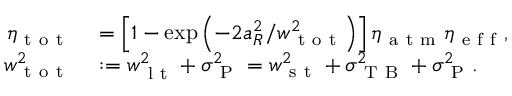
\begin{array} { r l } { \eta _ { \mathrm { ~ t ~ o ~ t ~ } } } & { { } = \left[ 1 - \exp \left( - 2 a _ { R } ^ { 2 } / w _ { \mathrm { ~ t ~ o ~ t ~ } } ^ { 2 } \right) \right] \eta _ { \mathrm { ~ a ~ t ~ m ~ } } \eta _ { \mathrm { ~ e ~ f ~ f ~ } } , } \\ { w _ { \mathrm { ~ t ~ o ~ t ~ } } ^ { 2 } } & { { } : = w _ { \mathrm { ~ l ~ t ~ } } ^ { 2 } + \sigma _ { \mathrm { ~ P ~ } } ^ { 2 } = w _ { \mathrm { ~ s ~ t ~ } } ^ { 2 } + \sigma _ { \mathrm { ~ T ~ B ~ } } ^ { 2 } + \sigma _ { \mathrm { ~ P ~ } } ^ { 2 } . } \end{array}